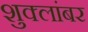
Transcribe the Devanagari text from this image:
शुक्लांबर